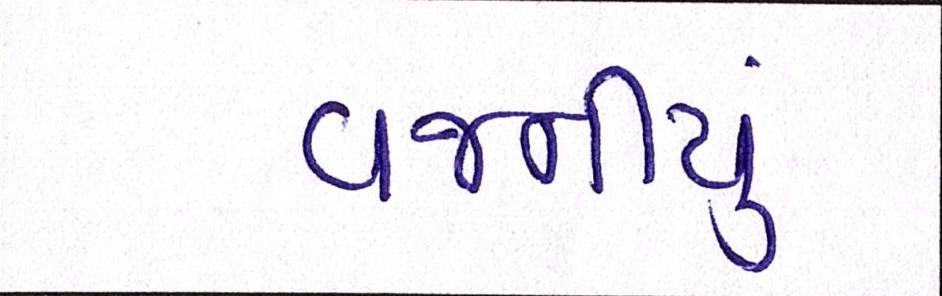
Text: વજનીયુ